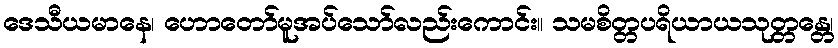
ဒေသီယမာနေ၊ ဟောတော်မူအပ်သော်လည်းကောင်း။ သမစိတ္တပရိယာယသုတ္တန္တေ၊